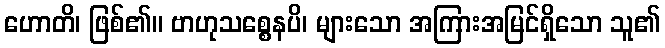
ဟောတိ၊ ဖြစ်၏။ ဗာဟုသစ္စေနပိ၊ များသော အကြားအမြင်ရှိသော သူ၏